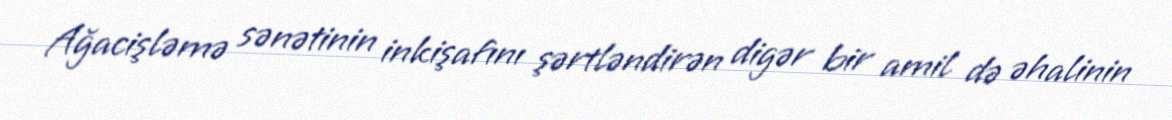
Ağacişləmə sənətinin inkişafını şərtləndirən digər bir amil də əhalinin